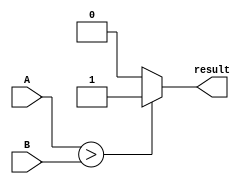
module comparator(
    input [15:0] A,
    input [15:0] B,
    output reg result // 1-bit output indicating result of comparison
);

always @(*) begin
    if (A > B) begin
        result = 1; // A is greater than B
    end else if (A < B) begin
        result = 0; // A is less than B
    end else begin
        result = 2; // A is equal to B
    end
end

endmodule